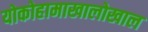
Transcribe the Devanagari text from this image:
योकोहामाखालोखाल